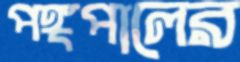
পঙ্গপালের